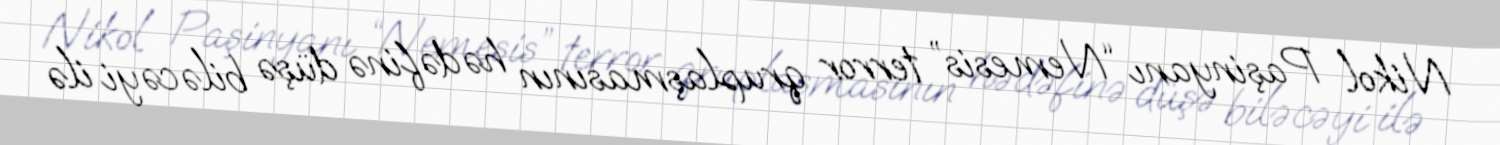
Nikol Paşinyanı “Nemesis” terror qruplaşmasının hədəfinə düşə biləcəyi ilə